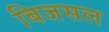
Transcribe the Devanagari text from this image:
बिजसल